Subject: physics
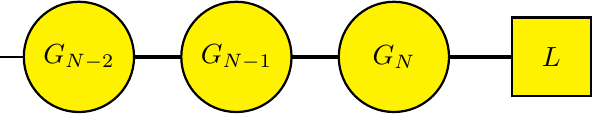
LaTeX code:
    \begin{tikzpicture}
    \draw[ultra thick] (0,0)--(2,0);
    \draw[ultra thick] (0,0)--(-2,0);
    \draw[ultra thick] (2,0)--(4,0);
    \draw[thick] (-2,0)--(-3,0);
        \draw[fill=yellow,thick] (0,0) circle (0.7);
        \draw[fill=yellow,thick] (2,0) circle (0.7);
        \draw[fill=yellow,thick] (-2,0) circle (0.7);
        \draw[fill=yellow,thick] (3.5,0.5) rectangle (4.5,-0.5);
        \node at (-2,0) {$G_{N-2}$};
        \node at (0,0) {$G_{N-1}$};
        \node at (2,0) {$G_{N}$};
        \node at (4,0) {$L$};
    \end{tikzpicture}